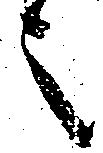
之